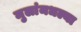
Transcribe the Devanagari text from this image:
मुलांमधल्या